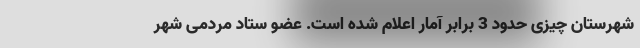
شهرستان چیزی حدود 3 برابر آمار اعلام شده است. عضو ستاد مردمی شهر